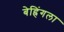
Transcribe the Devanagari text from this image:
बेह्रिंगला